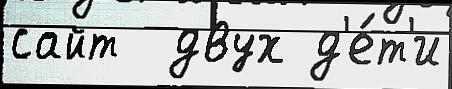
сайт  двух д'е́т'и